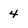
Character: 4